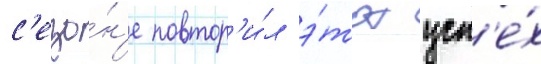
с'езо́н'е повтор'и́л э́тот усп'е́х